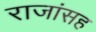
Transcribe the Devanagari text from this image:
राजांसह